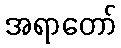
အရာတော်